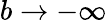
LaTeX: b\rightarrow-\infty